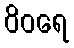
ဝိဝရေ